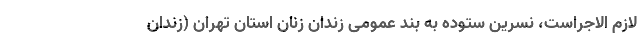
لازم الاجراست، نسرین ستوده به بند عمومی زندان زنان استان تهران (زندان